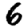
Digit: 6